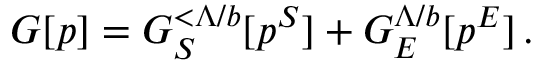
G [ p ] = G _ { S } ^ { < \Lambda / b } [ p ^ { S } ] + G _ { E } ^ { \Lambda / b } [ p ^ { E } ] \, .